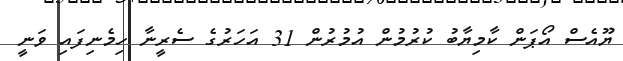
ޔޫއެސް އޯޕަން ކާމިޔާބު ކުރުމުން އުމުރުން 31 އަހަރުގެ ސެރީނާ ހިމެނިފައި ވަނީ